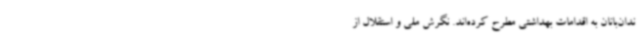
ندان‌بانان به اقدامات بهداشتی مطرح کرده‌اند. نگرش ملی و استقلال از